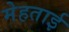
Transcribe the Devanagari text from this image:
मेहताई